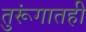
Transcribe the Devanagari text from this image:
तुरूंगातही